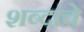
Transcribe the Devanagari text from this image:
शब्दांंचे